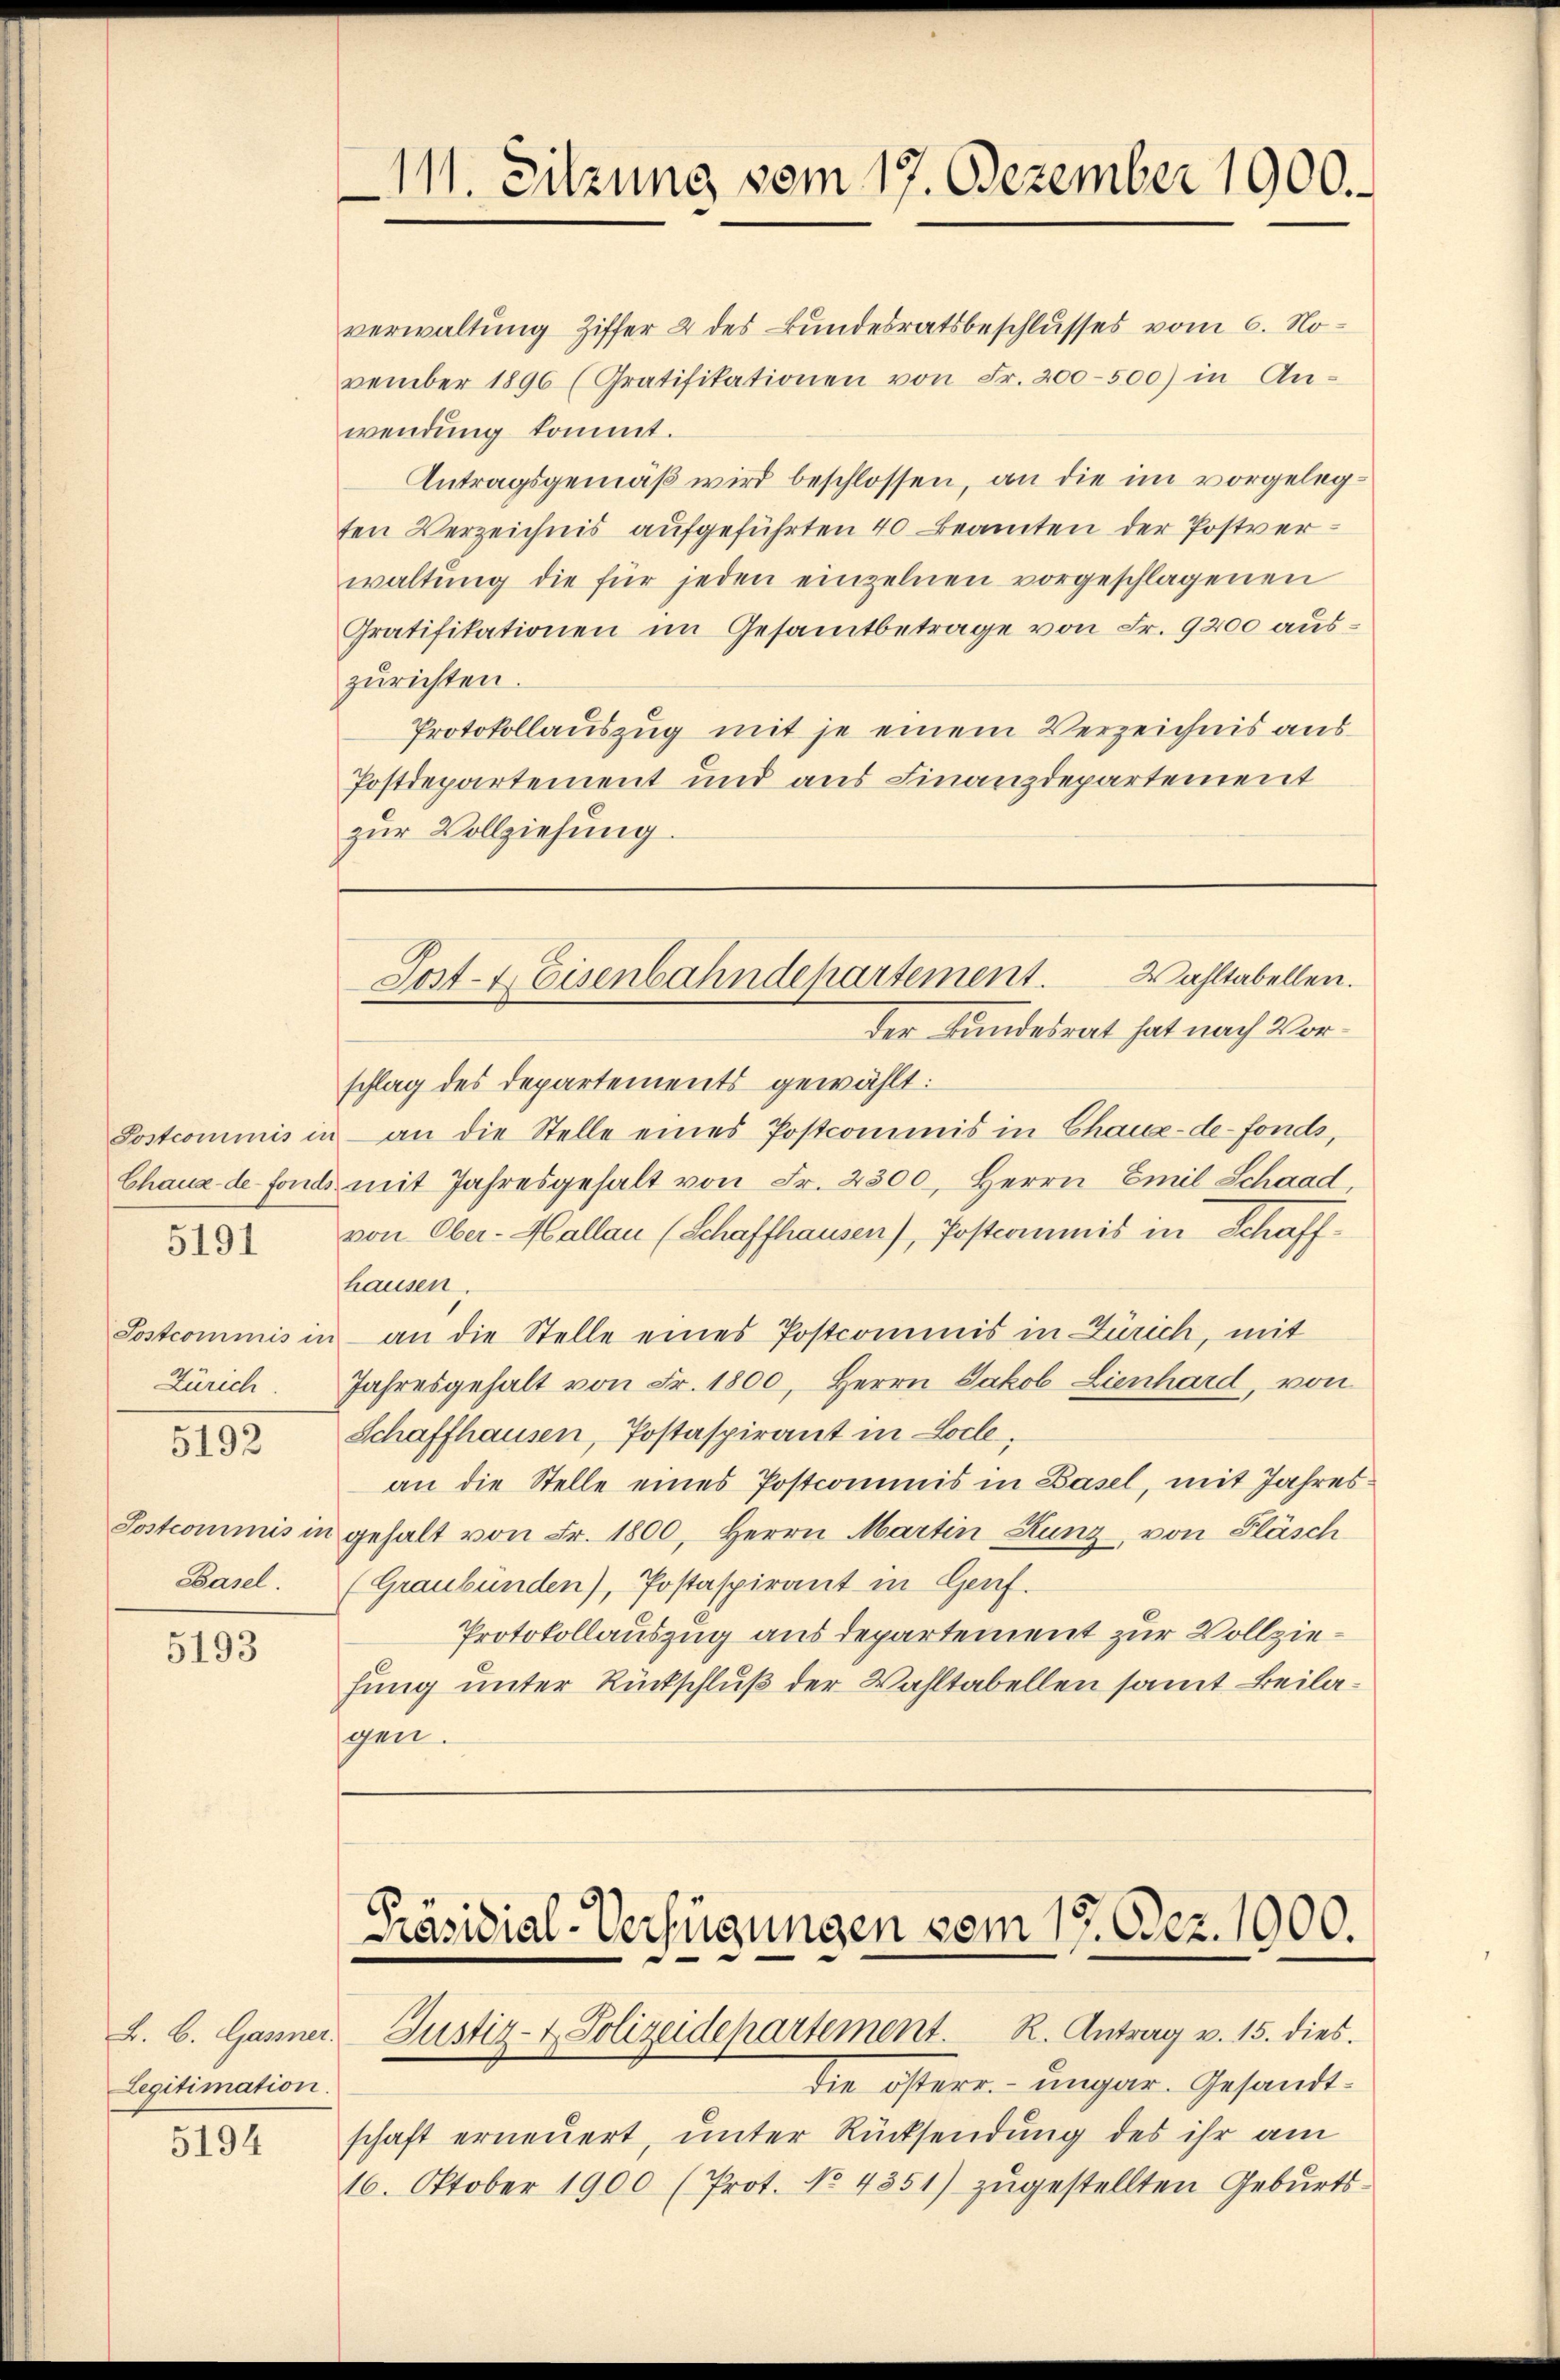
5191

Zürich

5192

Basel.

5193

L. B. Gassner.
Legitimation.

5194

111. Sitzung vom 17. Dezember 1900.

verwaltung Ziffer 2 des Bundesratsbeschlusses vom 6. November 1896 (Gratifikationen von Fr. 200-500) in An-
wendung kommt.
Antragsgemäß wird beschlossen, an die im vorgelegten Verzeichnis aufgeführten 40 Beamten der Postverwaltŭng die für jeden einzelnen vorgeschlagenen
Gratifikationen im Gesamtbetrage von Fr. 9200 auszurichten.
Protokollauszug mit je einem Verzeichnis aus
Postdepartement und aus Finanzdepartement
zŭr Vollziehung.

der Bundesrat hat nach Vorschlag des Departements gewählt:
Postcommis in an die Stelle eines Postcommis in Chaux-de-Fonds,
Chaux de fonds mit Jahresgehalt von Fr. 2300, Herrn Emil Schaad,
von Ober-Hallau (Schaffhausen), Postcommis in Schaffhausen.
Postcommis in an die Stelle eines Postcommis in Zürich, mit
Jahresgehalt von Fr. 1800, Herrn Jakob Lienhard, von
Schaffhausen, Postaspirant in Loche,
an die Stelle eines Postcommis in Basel, mit Jahres¬
Postcommis in gehalt von Fr. 1800, Herrn Martin Hunz, von Fläsch
(Graubünden), Postaspirant in Genf.
Protokollauszug aus departement zur Vollziefung unter Rückschluß der Wahltabellen samt Beilagen.

Wahltabellen.
Sost- & Eisenbahndepartement.

Präsidial-Verfügungen vom 17. Dez. 1000.
Justiz- & Polizeidepartement. R. Antrag v. 15. dies

die österr. ungar. Gesandtschaft erneuert, unter Rücksendung des ihr am
16. Oktober 1900 (Prot. No. 4351) zugestellten Geburts-